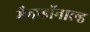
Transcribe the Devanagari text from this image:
मैकडॉनाल्ड